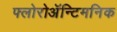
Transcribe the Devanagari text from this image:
फ्लोरोअॅन्टिमनिक